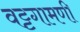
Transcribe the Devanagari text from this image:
वट्टगामणी